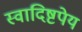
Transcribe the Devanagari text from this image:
स्वादिष्टपेय